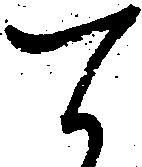
て